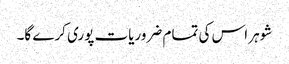
شوہر اس کی تمام ضروریات پوری کرے گا۔